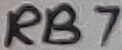
Text: RB7